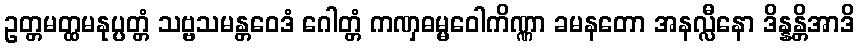
ဥတ္တမတ္ထမနုပ္ပတ္တံ သဗ္ဗသမန္တဝေဒံ ဂေါတ္တံ ကဏှဓမ္မဝေါကိဏ္ဏာ ခမနတော အနလ္လီနော ဒိန္နန္တိအာဒိ